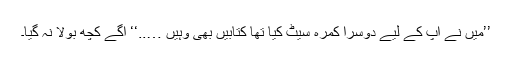
’’میں نے آپ کے لیے دوسرا کمرہ سیٹ کیا تھا کتابیں بھی وہیں …..‘‘ آگے کچھ بولا نہ گیا۔